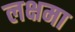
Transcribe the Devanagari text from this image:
लक्षमा